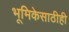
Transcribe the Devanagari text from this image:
भूमिकेसाठीही